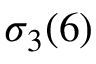
\sigma _ { 3 } ( 6 )